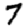
Digit: 7